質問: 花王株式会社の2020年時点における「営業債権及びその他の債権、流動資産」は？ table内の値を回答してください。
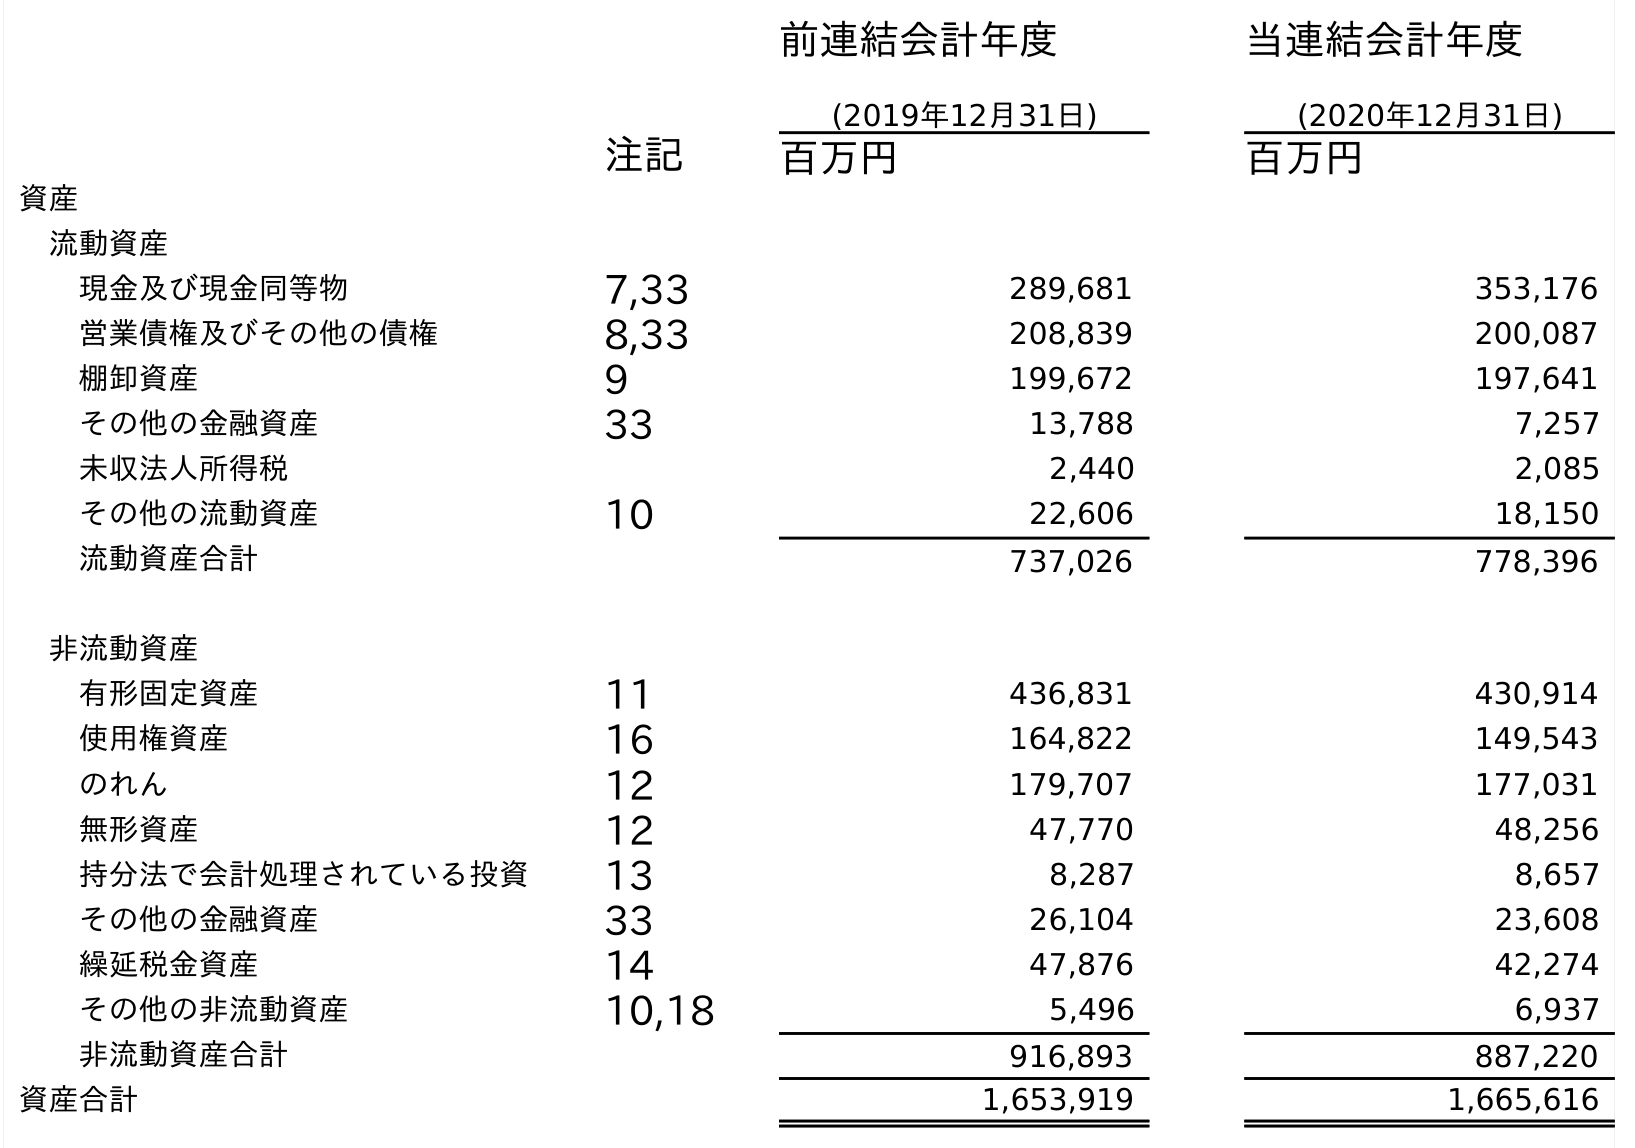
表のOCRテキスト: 前連結会計年度 (2019年12月31日) 当連結会計年度 (2020年12月31日) 注記 百万円 百万円 資産 流動資産 現金及び現金同等物 7,33 289,681 353,176 営業債権及びその他の債権 8,33 208,839 200,087 棚卸資産 9 199,672 197,641 その他の金融資産 33 13,788 7,257 未収法人所得税 2,440 2,085 その他の流動資産 10 22,606 18,150 流動資産合計 737,026 778,396 非流動資産 有形固定資産 11 436,831 430,914 使用権資産 16 164,822 149,543 のれん 12 179,707 177,031 無形資産 12 47,770 48,256 持分法で会計処理されている投資 13 8,287 8,657 その他の金融資産 33 26,104 23,608 繰延税金資産 14 47,876 42,274 その他の非流動資産 10,18 5,496 6,937 非流動資産合計 916,893 887,220 資産合計 1,653,919 1,665,616
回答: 200,087